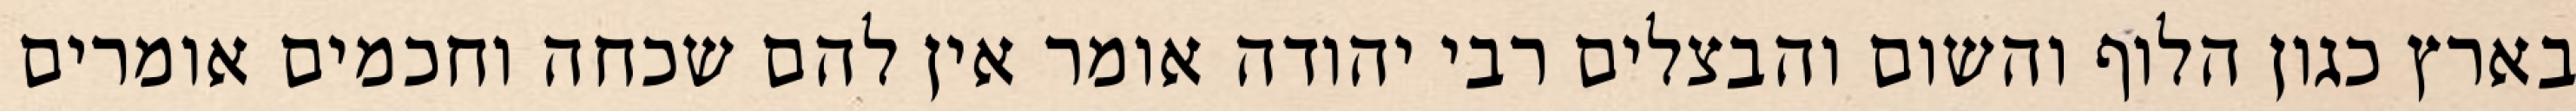
בארץ כגון הלוף והשום והבצלים רבי יהודה אומר אין להם שכחה וחכמים אומרים